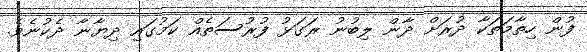
ފުން ހިތާމަތަކާ ދުރަށް ދާން ލިބުނު ރަގަޅު ފުރުސަތެއް ކަމުގައި ދިޔާނާ ދެކުނެވެ.